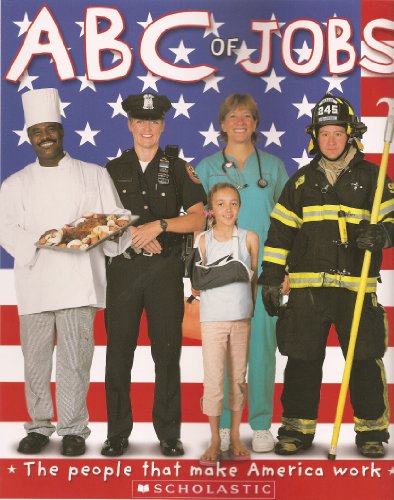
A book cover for ABC OF JOBS; ROGER PRIDDY; Business & Money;